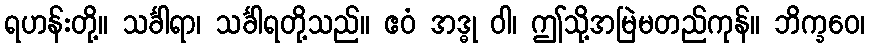
ရဟန်းတို့။ သင်္ခါရာ၊ သင်္ခါရတို့သည်။ ဧဝံ အဒ္ဓု ဝါ၊ ဤသို့အမြဲမတည်ကုန်။ ဘိက္ခဝေ၊